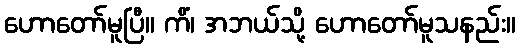
ဟောတော်မူပြီ။ ကိံ၊ အဘယ်သို့ ဟောတော်မူသနည်း။